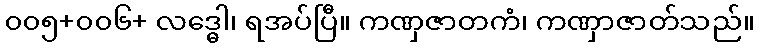
၀၀၅+၀၀၆+ လဒ္ဓေါ၊ ရအပ်ပြီ။ ကဏှဇာတကံ၊ ကဏှာဇာတ်သည်။